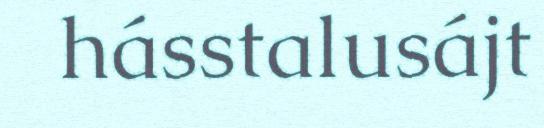
hásstalusájt